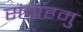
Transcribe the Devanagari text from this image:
संग्रहमु